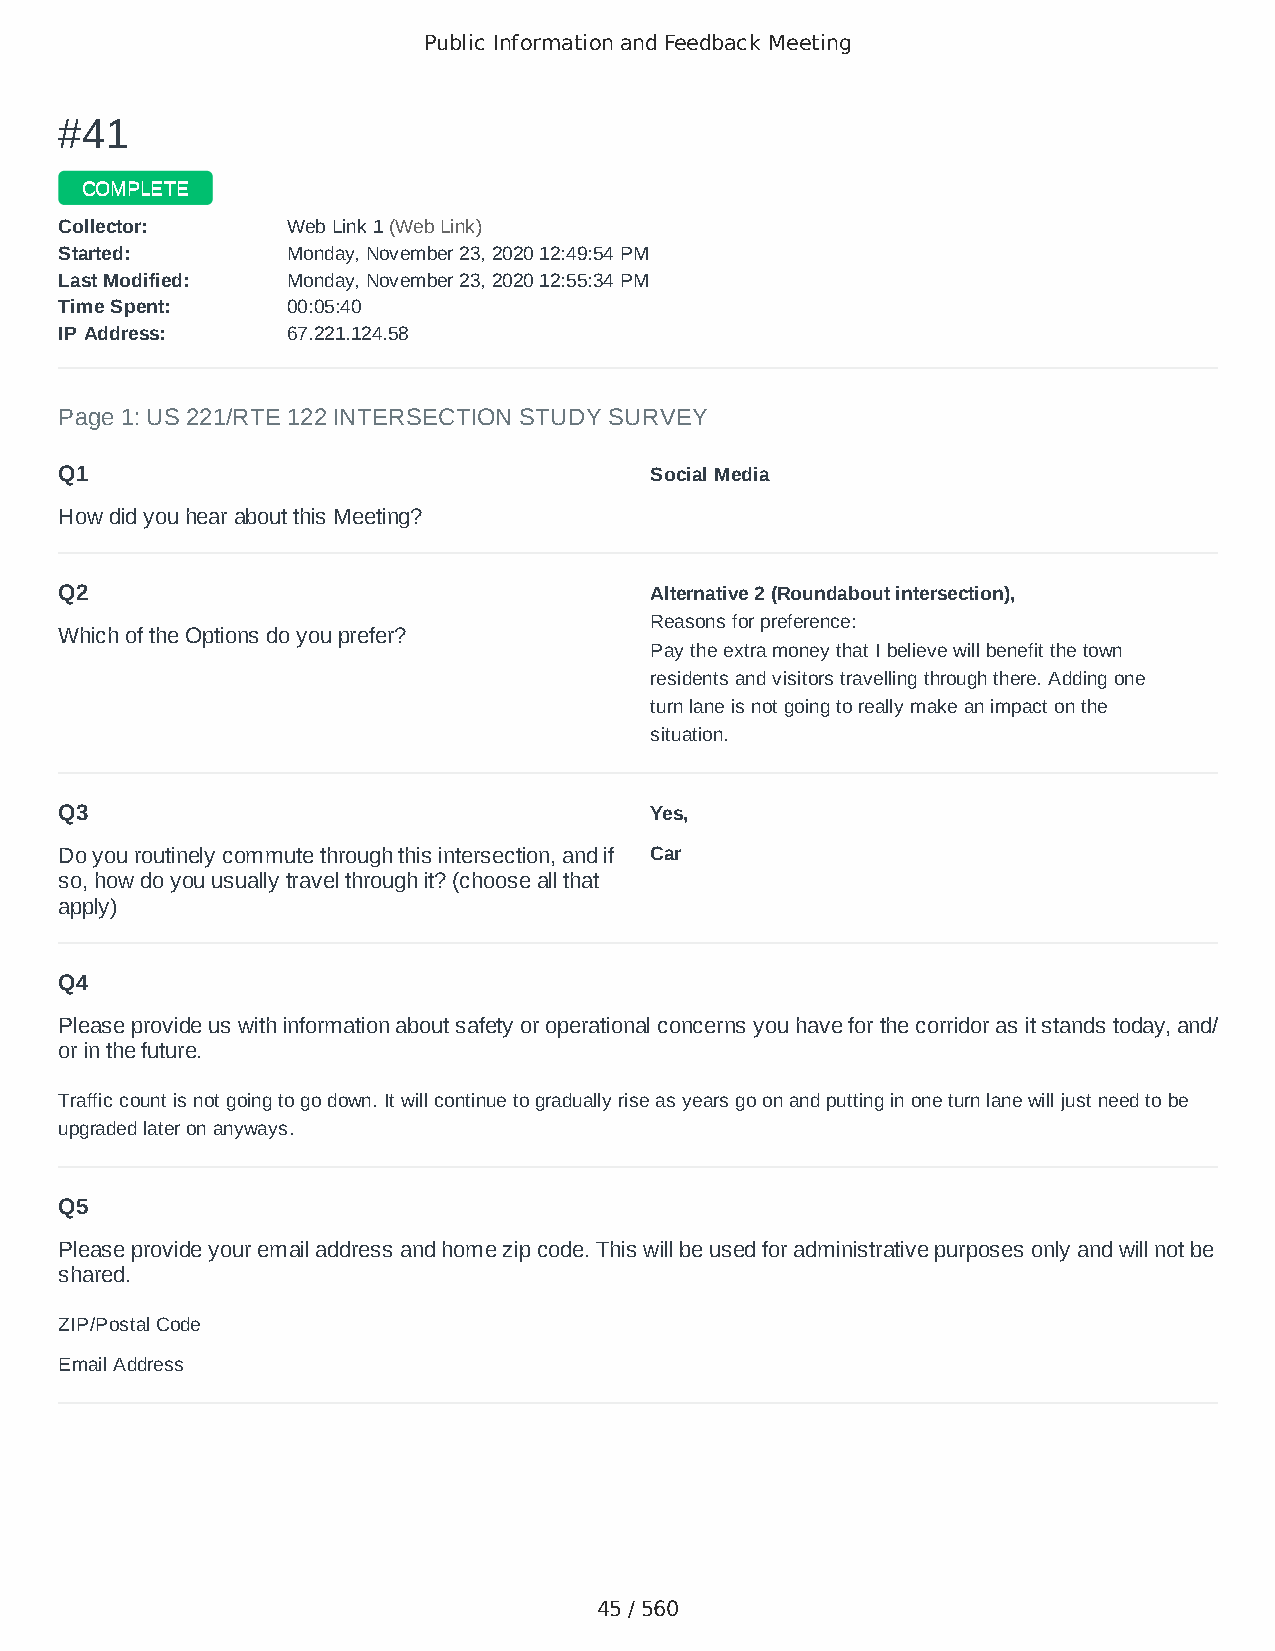
Public Information and Feedback Meeting
 ##4411
 CCOOMMPPLLEETTEE
 CCoolllleeccttoorr:: WWeebb LLiinnkk 11 ((WWeebb LLiinnkk))
 SSttaarrtteedd:: MMoonnddaayy,, NNoovveemmbbeerr 2233,, 22002200 1122::4499::5544 PPMM
 LLaasstt MMooddiiffiieedd:: MMoonnddaayy,, NNoovveemmbbeerr 2233,, 22002200 1122::5555::3344 PPMM
 TTiimmee SSppeenntt:: 0000::0055::4400
 IIPP AAddddrreessss:: 6677..222211..112244..5588
 Page 1: US 221/RTE 122 INTERSECTION STUDY SURVEY
 Q1                                     Social Media
 How did you hear about this Meeting?
 Q2                                     Alternative 2 (Roundabout intersection),
 Reasons for preference:
 Which of the Options do you prefer?
 Pay the extra money that I believe will benefit the town
 residents and visitors travelling through there. Adding one
 turn lane is not going to really make an impact on the
 situation.
 Q3                                     Yes,
 Do you routinely commute through this intersection, and if Car
 so, how do you usually travel through it? (choose all that
 apply)
 Q4
 Please provide us with information about safety or operational concerns you have for the corridor as it stands today, and/
 or in the future.
 Traffic count is not going to go down. It will continue to gradually rise as years go on and putting in one turn lane will just need to be
 upgraded later on anyways.
 Q5
 Please provide your email address and home zip code. This will be used for administrative purposes only and will not be
 shared.
 ZIP/Postal Code                        24523
 Email Address                          swills143@gmail.com
 45 / 560